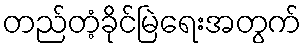
တည်တံ့ခိုင်မြဲရေးအတွက်